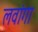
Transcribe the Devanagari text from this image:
लवांगा